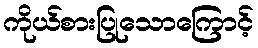
ကိုယ်စားပြုသောကြောင့်